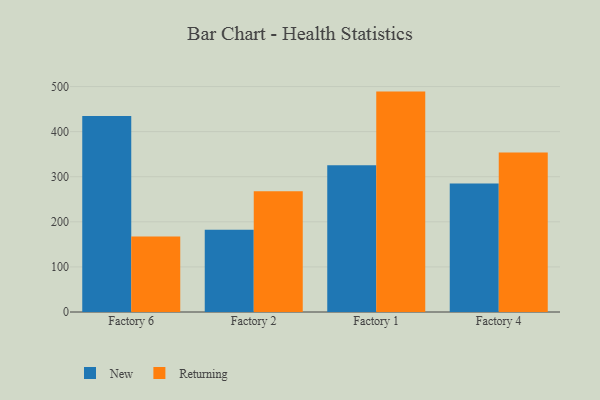
{"axis": {"x": "Factory", "y": "Latency (ms)"}, "legend": ["New", "Returning"], "data": [{"x": "Factory 6", "y": 434.5, "type": "New"}, {"x": "Factory 6", "y": 167.6, "type": "Returning"}, {"x": "Factory 2", "y": 182.3, "type": "New"}, {"x": "Factory 2", "y": 267.7, "type": "Returning"}, {"x": "Factory 1", "y": 325.5, "type": "New"}, {"x": "Factory 1", "y": 488.8, "type": "Returning"}, {"x": "Factory 4", "y": 285.0, "type": "New"}, {"x": "Factory 4", "y": 353.8, "type": "Returning"}]}